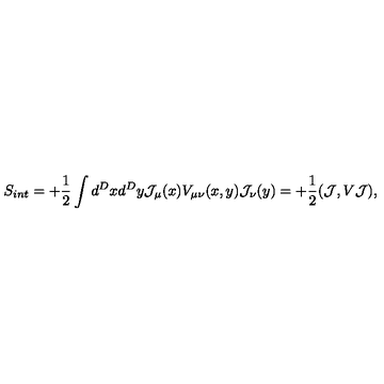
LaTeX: S _ { i n t } = + { \frac { 1 } { 2 } } \int d ^ { D } x d ^ { D } y { \cal J } _ { \mu } ( x ) { V } _ { \mu \nu } ( x , y ) { \cal J } _ { \nu } ( y ) = + { \frac { 1 } { 2 } } ( { \cal J } , V { \cal J } ) ,